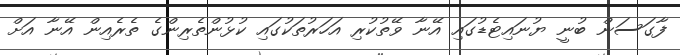
ފާގަސަން ބުނީ ޔުނައިޓެޑުގައި އޭނާ ވޭތުކުރި އަހަރުތަކުގައި ކުޅުންތެރިންގެ ތެރެއިން އޭނާ އަށް